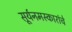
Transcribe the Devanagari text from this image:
सूर्यनमस्कारांचे